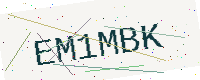
Text: EM1MBK